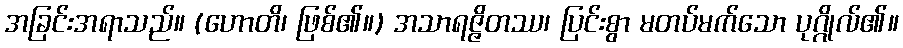
အခြင်းအရာသည်။ (ဟောတိ၊ ဖြစ်၏။) အသာရဇ္ဇိတဿ၊ ပြင်းစွာ မတပ်မက်သော ပုဂ္ဂိုလ်၏။